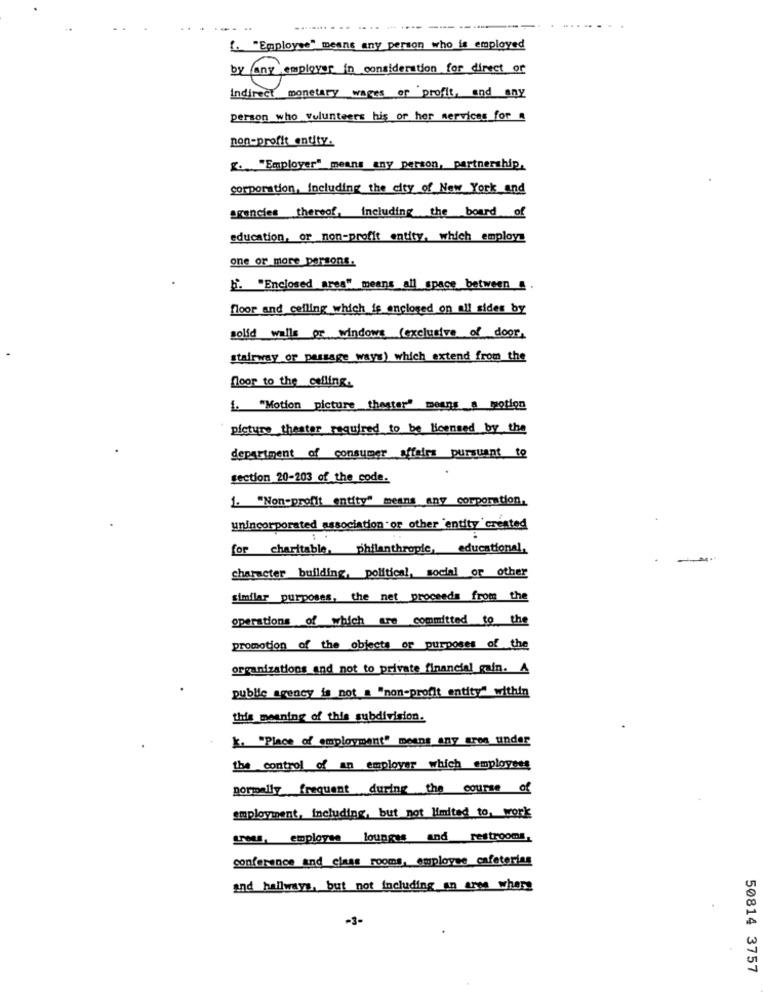
----
--- ----
f. "Employee" means any person who is employed
by any employer in consideration for direct or
indirect monetary wages of profit, and any
person who volunteers his or her services_for
non-profit entity.
8. "Employer" means any person, partnership.
corporation, including the city of New York and
agencies theroof, including the board of
education, or non-profit entity, which employs
one or more persons.
h. "Enclosed area" means all space between . .
floor and ceiling which is enclosed on all sides by
solid walls or windows (exclusive of door,
stairway or passage ways) which extend from the
floor to the ceiling.
L "Motion picture thester" means a motion
picture theater required to be licensed by the
department of consumer affairs pursuant to
section 20-203 of the code.
1. "Non-profit entity" means any corporation,
unincorporated association or other entity created
for charitable, philanthropic,
educational.
character building, political, social or other
similar purposes, the net proceeds from the
operations of which are committed to the
promotion of the objects or purposes of the
organizations and not to private financial gain. A
publie agency is not a "non-profit entity" within
this meaning of this subdivision.
k. "Place of employment" means any ares under
the control of an employer which employees
normally frequent during the course of
employment, including, but not limited to, work
treas, employse lounges and restrooms,
conference and class rooms, employee cafeterias
and hallways, but not including an ares where
-3-
50814 3757